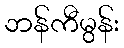
ဘန်ကီမွန်း